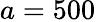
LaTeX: a=500